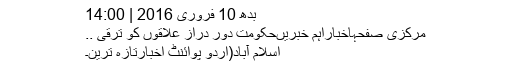
بدھ 10 فروری 2016 | 14:00
مرکزی صفحہاخباراہم خبریںحکومت دور دراز علاقوں کو ترقی ..
اسلام آباد(اُردو پوائنٹ اخبارتازہ ترین۔